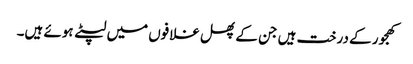
کھجور کے درخت ہیں جن کے پھل غلافوں میں لپٹے ہوئے ہیں۔